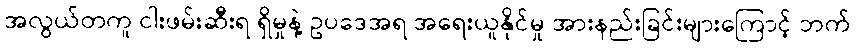
အလွယ်တကူ ငါးဖမ်းဆီးရ ရှိမှုနဲ့ ဥပဒေအရ အရေးယူနိုင်မှု အားနည်းခြင်းများကြောင့် ဘက်